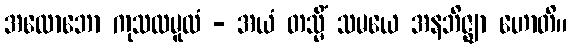
အလောဘော ကုသလမူလံ - အယံ တသ္မိံ သမယေ အနဘိဇ္ဈာ ဟောတိ။